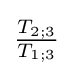
{\tfrac {T_{2;3}}{T_{1;3}}}